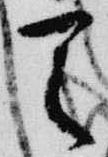
天